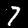
Label: 7